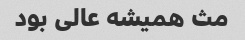
مث همیشه عالی بود